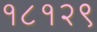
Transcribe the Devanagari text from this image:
१८१२९